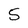
Character: 5